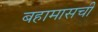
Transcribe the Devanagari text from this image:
बहामासची